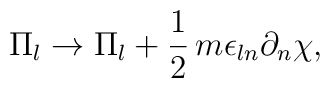
\Pi_l \rightarrow \Pi_l + \frac{1}{2}\,m\epsilon_{ln}\partial_n\chi,